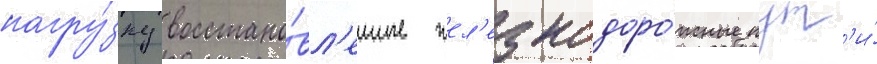
нагру́зку восстано́вл'енные жел'езнодоро́жные пут'и́